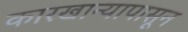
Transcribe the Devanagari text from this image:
कारखान्यापासून